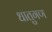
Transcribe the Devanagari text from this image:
धातुगण